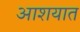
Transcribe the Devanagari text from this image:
आशयात